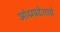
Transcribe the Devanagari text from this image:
आंध्रप्रदेशाचे